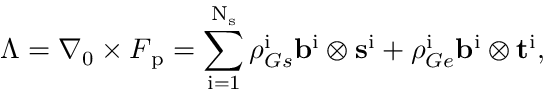
\boldsymbol { \Lambda } = \nabla _ { 0 } \times \boldsymbol { F } _ { \mathrm { p } } = \sum _ { \mathrm { i } = 1 } ^ { \mathrm { N } _ { \mathrm { s } } } \rho _ { G s } ^ { \mathrm { i } } \mathbf { b } ^ { \mathrm { i } } \otimes \mathbf { s } ^ { \mathrm { i } } + \rho _ { G e } ^ { \mathrm { i } } \mathbf { b } ^ { \mathrm { i } } \otimes \mathbf { t } ^ { \mathrm { i } } \mathrm { , }